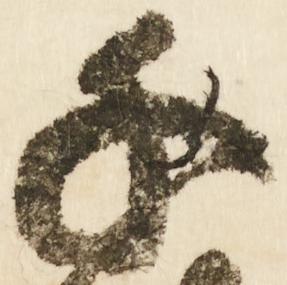
千